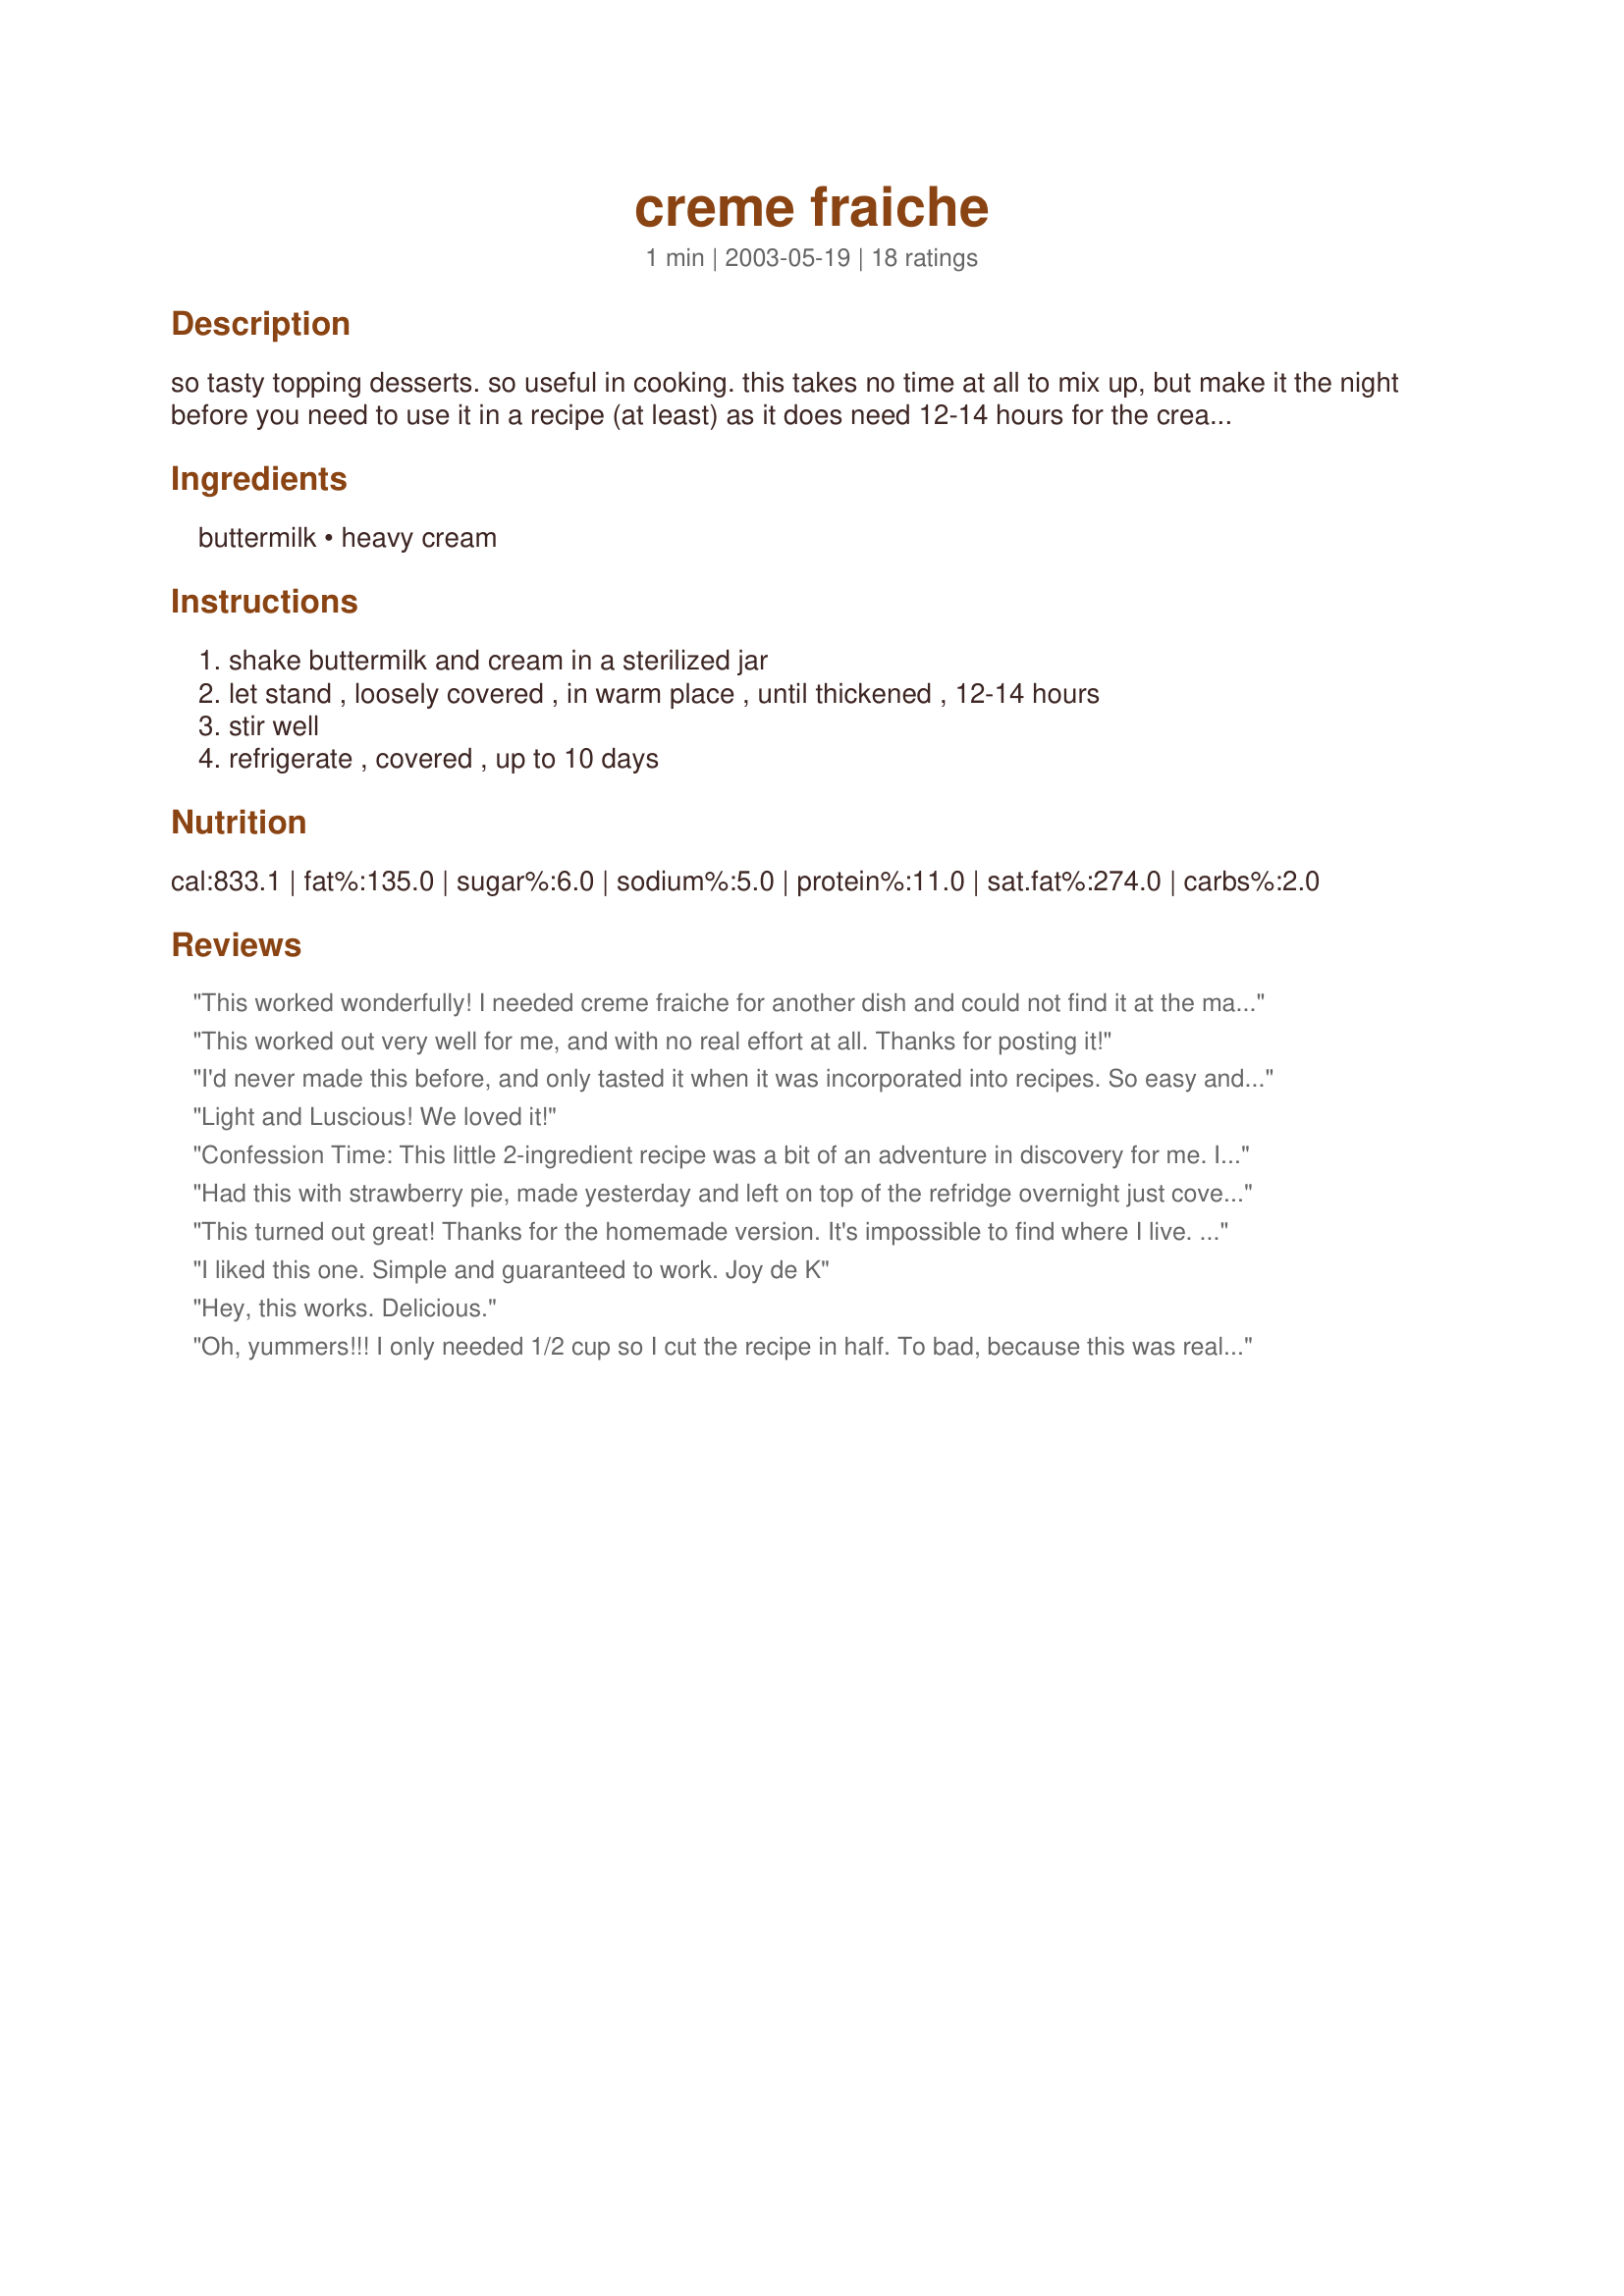
creme fraiche
Preparation time: 1 minutes

so tasty topping desserts. so useful in cooking. this takes no time at all to mix up, but make it the night before you need to use it in a recipe (at least) as it does need 12-14 hours for the cream to sour.

Ingredients:
buttermilk, heavy cream

Steps:
shake buttermilk and cream in a sterilized jar, let stand , loosely covered , in warm place , until thickened , 12-14 hours, stir well, refrigerate , covered , up to 10 days

Reviews:
This worked wonderfully! I needed creme fraiche for another dish and could not find it at the market. Now, I'll no longer even look. After mixing, I covered the bowl and put it in the microwave leaving the door ajar so the light stayed on; 12 hours later it was thick and creamy. Thanks for sharing your recipe!
This worked out very well for me, and with no real effort at all. Thanks for posting it!
I'd never made this before, and only tasted it when it was incorporated into recipes. So easy and SO yummy, makes sour cream taste like a rubbery fake substance. Thanks so much, Ev! Your recipes can always be counted on!
Light and Luscious! We loved it!
Confession Time: This little 2-ingredient recipe was a bit of an adventure in discovery for me. I’d seen this listed as part of recipes, but had always avoided those recipes since I didn’t know what it was or how to make it. When French Cuisine approached for ZWT, I did some research & found it’s part of or accompanies a wide variety of dishes. So I made it to be sure I could & it worked. Now I’m busy searching for fun ways to use it in the next 10 days & the future. Thx for posting, Ev.
Had this with strawberry pie, made yesterday and left on top of the refridge overnight just covered loosely. Its warm up there. Actually I left this for 24 hours. I did not stir the whey on the bottom back into the top thick creme fraiche, kept it thick like a sour cream, then placed into the fridge what was left, for my blueberries.. Good easy recipe.
This turned out great! Thanks for the homemade version. It's impossible to find where I live. It really thickened up after I put it in the fridge after the 24 hours. Perfect! Thanks for posting!
I liked this one. Simple and guaranteed to work.

Joy de K
Hey, this works. Delicious.
Oh, yummers!!! I only needed 1/2 cup so I cut the recipe in half. To bad, because this was really good! Thanks for the posting...I know that I will come back to this one again!!!
I made this recently and am happy I don't have to try and find it any more. A Keeper.
I've never had this nor have I seen this in a store. It is wonderful! It was really thick after about 18 hours and I refrigerated it in a glass jar. Thanks!
perfect!
This is wonderful. Works with yogurt too.
In Mexico it's called Creama Mexicana. It doesn't break in a sauce like sour cream. On strawberries it's incredible and it beats like whipping cream too.
Thanks for sharing!!!!
Tony
I have never EVER been able to find creme fraiche where I live so I've been forced to skip the recipes that call for it or substitute sour cream. Now I know what it tastes like...nothing like sour cream. This is so simple to make I'll be making it often. The taste is wonderful. Thank you, Sylvie!
I was given this recipe. I tried putting it in the oven with the light on. But have found that if I just put it on the counter and forget it, it is awesome. I even double the recipe. Last one I put in 2 Tablespoons of sour cream and 2 of yogurt, as I was out of buttermilk. It worked well. I believe the flavor is maybe a little more mild than with buttermilk. Love a dollop on fruit soups as well as in other dishes.
you always see them using this on food net work ,now i have the ingredient here in the boon docks
This is wonderful. Creme freche isn't stocked in the stores around here, at least not where I shop. I found it once at a deli, but that was years ago and they havn't had it since. Now I have a limitless supply!
